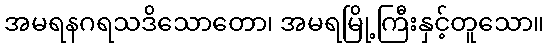
အမရနဂရသဒိသောတော၊ အမရမြို့ကြီးနှင့်တူသော။